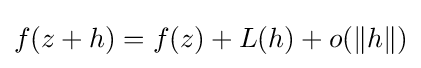
f(z+h)=f(z)+L(h)+o(\lVert h\rVert )